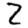
Digit: 2